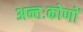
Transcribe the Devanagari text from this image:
अन्तःकोणों